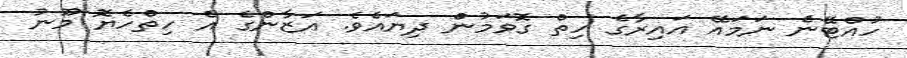
ހުއްޓޭނެ ނަމައޭ އައިރާގެ ހިތް ގޮވަމުން ދިޔައެވެ. އަޒާންގެ އެ ހިތްހެޔޮ މޫނު